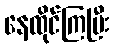
နေထိုင်ကြပြီး